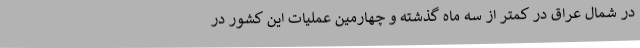
در شمال عراق در کمتر از سه ماه گذشته و چهارمین عملیات این کشور در